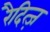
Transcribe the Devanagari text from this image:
रैदित्ज़